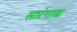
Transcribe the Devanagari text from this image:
सारंगाद्य